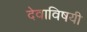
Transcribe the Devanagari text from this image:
देवाविषयी